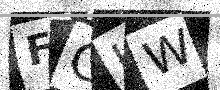
Text: FGHW